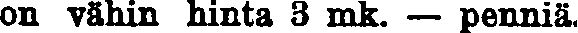
on vähin hinta 3 mk. — penniä.